Lunatic asylums in Bengal annual reports 1912-1924 - 1912-1924
Year: 1912
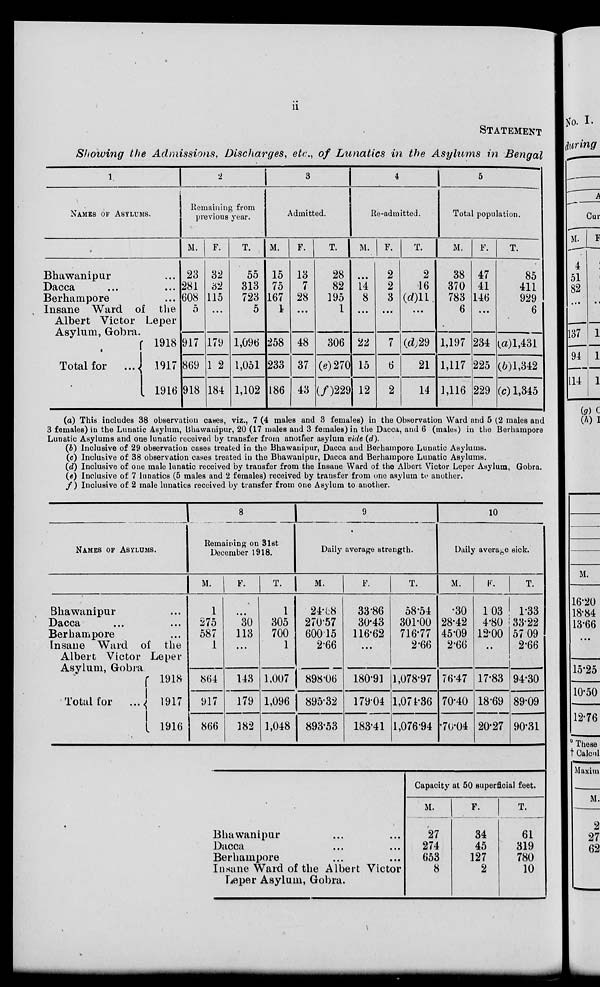
ii
STATEMENT
Showing the Admissions, Discharges, etc., of Lunatics in the Asylums in Bengal
1
NAMES OF ASYLUMS.
Bhawanipur ...
Dacca
...
...
Berhampore ...
Insane Ward of the
Albert Victor Leper
Asylum, Gobra.
Total for ...
1918
1917
1916
2
Remaining from
previous year.
M.
23
281
608
5
917
869
918
F.
32
32
115
...
179
182
184
T.
55
313
723
5
1,096
1,051
1,102
3
Admitted.
M.
15
75
167
1
258
233
186
F.
13
7
28
...
48
37
43
T.
28
82
195
1
306
(e) 270
(f)229
4
Re-admitted.
M.
...
14
8
...
22
15
12
F.
2
2
3
...
7
6
2
T.
2
16
(d)11
...
(d)29
21
14
5
Total population.
M.
38
370
783
6
1,197
1,117
1,116
F.
47
41
146
...
234
225
229
T.
85
411
929
6
(a)1,431
(b)1,342
(c) 1,345
(a) This includes 38 observation cases, viz., 7 (4 males and 3 females) in the Observation Ward and 5 (2 males and
3 females) in the Lunatic Asylum, Bhawanipur, 20 (17 males and 3 females) in the Dacca, and 6 (males) in the Berhampore
Lunatic Asylums and one lunatic received by transfer from another asylum vide (d).
(b) Inclusive of 29 observation cases treated in the Bhawanipur, Dacca and Berhampore Lunatic Asylums.
(c) Inclusive of 38 observation cases treated in the Bhawanipur, Dacca and Berhampore Lunatic Asylums.
(d) Inclusive of one male lunatic received by transfer from the Insane Ward of the Albert Victor Leper Asylum, Gobra.
(e) Inclusive of 7 lunatics (5 males and 2 females) received by transfer from one asylum to another.
(f) Inclusive of 2 male lunatics received by transfer from one Asylum to another.
NAMES OF ASYLUMS.
Bhawanipur ...
Dacca
...
...
Berhampore ...
Insane Ward of the
Albert Victor Leper
Asylum, Gobra.
Total for ...
1918
1917
1916
8
Remaining on 31st
December 1918.
M.
1
275
587
1
864
917
866
F.
...
30
113
...
143
179
182
T.
1
305
700
1
1,007
1,096
1,048
9
Daily average strength.
M.
24.68
270.57
600.15
2.66
898.06
895.32
893.53
F.
33.86
30.43
116.62
...
180.91
179.04
183.41
T.
58.54
301.00
716.77
2.66
1,078.97
1,074.36
1,076.94
10
Daily average sick.
M.
.30
28.42
45.09
2.66
76.47
70.40
70.04
F.
1.03
4.80
12.00
...
17.83
18.69
20.27
T.
1.33
33.22
57.09
2.66
94.30
89.09
90.31
Bhawanipur ... ...
Dacca ... ...
Berhampore ... ...
Insane Ward of the Albert Victor
Leper Asylum, Gobra.
Capacity at 50 superficial feet.
M.
27
274
653
8
F.
34
45
127
2
T.
61
319
780
10